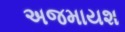
અજમાયશ